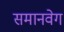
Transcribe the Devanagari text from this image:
समानवेग